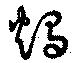
燭